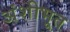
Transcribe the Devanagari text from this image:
अंशीभूत